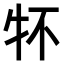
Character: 𤘢